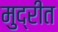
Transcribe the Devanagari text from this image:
मुद्रीत